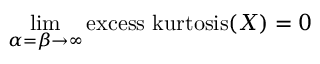
\operatorname* { l i m } _ { \alpha = \beta \to \infty } \operatorname { e x c e s s \ k u r t o s i s } ( X ) = 0